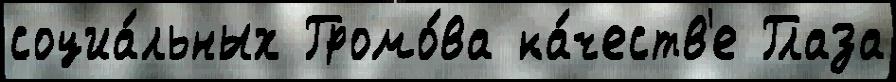
социа́льных Громо́ва ка́честв'е Глаза